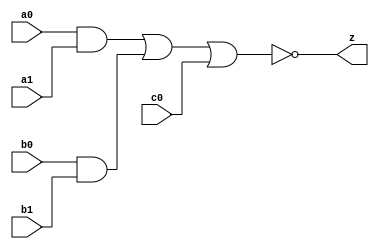
// This program was cloned from: https://github.com/aolofsson/oh
// License: MIT License

//#############################################################################
//# Function: And-Or-Inverter (aoi221) Gate                                   #
//# Copyright: OH Project Authors. ALl rights Reserved.                       #
//# License:  MIT (see LICENSE file in OH repository)                         #
//#############################################################################

module asic_aoi221 #(parameter PROP = "DEFAULT")  (
   input  a0,
   input  a1,
   input  b0,
   input  b1,
   input  c0,
   output z
   );

   assign z = ~((a0 & a1) | (b0 & b1) | c0);

endmodule